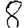
Digit: 8